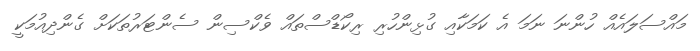
މައްސަލައެއް ހުންނަ ނަމަ އެ ކަމަކާއި ގުޅިންހުރި ރިކޯޑްސްތައް ވެކްސިން ސެންޓަރުތަކަށް ގެންދިއުމަކީ